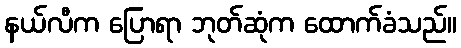
နယ်လီက ပြောရာ ဘုတ်ဆုံက ထောက်ခံသည်။